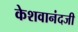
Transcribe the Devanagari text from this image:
केशवानंदजी